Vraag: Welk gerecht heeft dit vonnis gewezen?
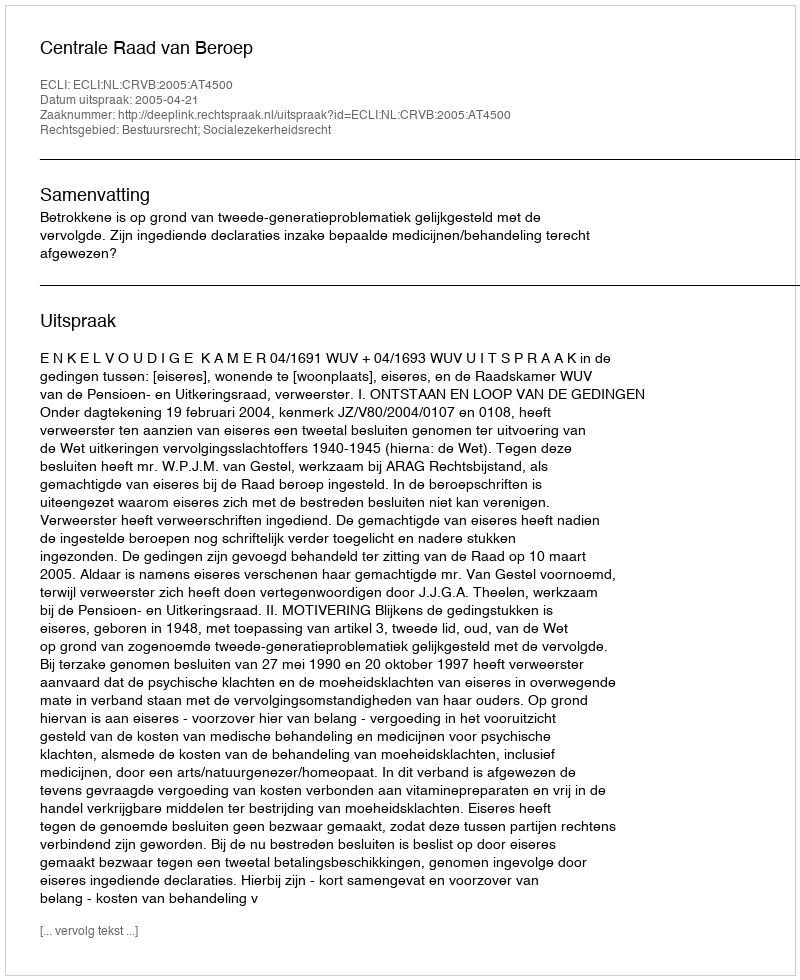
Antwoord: Centrale Raad van Beroep